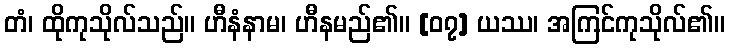
တံ၊ ထိုကုသိုလ်သည်။ ဟီနံနာမ၊ ဟီနမည်၏။ [၀၇] ယဿ၊ အကြင်ကုသိုလ်၏။